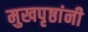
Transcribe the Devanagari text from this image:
मुखपृष्ठांनी